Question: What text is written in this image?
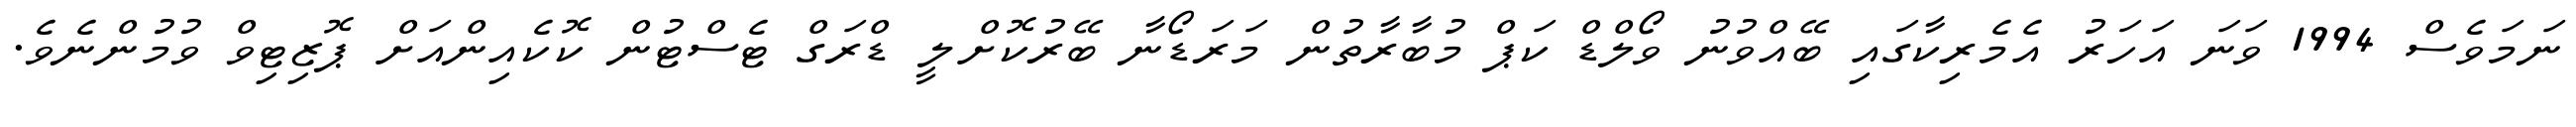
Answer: ނަމަވެސް 1994 ވަނަ އަހަރު އެމެރިކާގައި ބޭއްވުނު ވޯލްޑް ކަޕް މުބާރާތުން މަރަޑޯނާ ބޭރުކޮށްލީ ޑްރަގް ޓެސްޓުން ކޮކެއިންއަށް ޕޮޒިޓިވް ވުމުންނެވެ.